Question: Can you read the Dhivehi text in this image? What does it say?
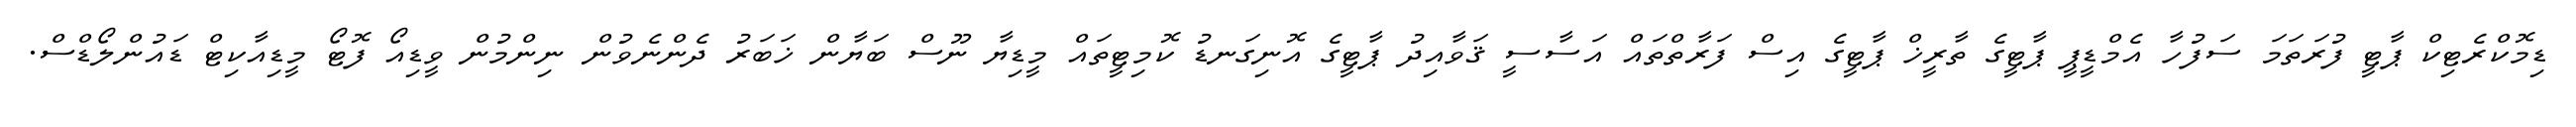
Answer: ޑިމޮކްރެޓިކް ޕާޓީ ފުރަތަމަ ސަފުހާ އެމްޑީޕީ ޕާޓީގެ ތާރީޚް ޕާޓީގެ އިސް ފަރާތްތައް އަސާސީ ޤަވާއިދު ޕާޓީގެ އޮނިގަނޑު ކޮމިޓީތައް މީޑިޔާ ނޫސް ބަޔާން ޚަބަރު ދެންނެވުން ނިންމުން ވީޑިއޯ ފޮޓޯ މީޑިއާކިޓް ޑައުންލޯޑްސް.